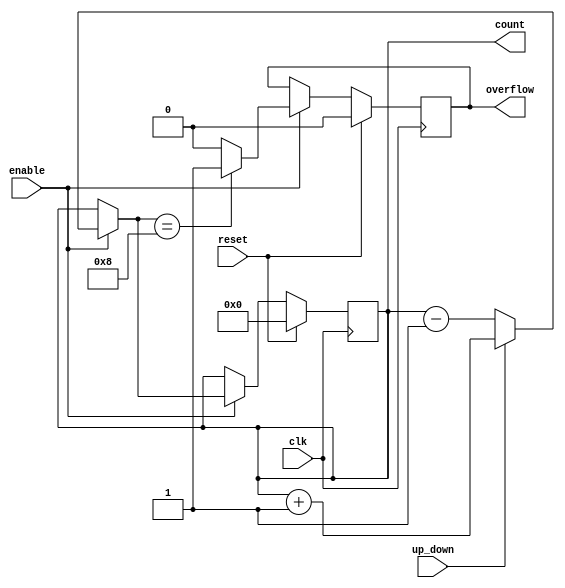
module synchronous_counter #(
    parameter WIDTH = 4 // Configurable bit width
)(
    input wire clk,          // Clock input
    input wire reset,        // Synchronous reset
    input wire enable,       // Enable input
    input wire up_down,      // Up/Down control signal (1 for up, 0 for down)
    output reg [WIDTH-1:0] count, // Counter output
    output reg overflow      // Overflow flag
);

    // Internal signal to hold the next state
    reg [WIDTH-1:0] next_count;

    // Always block for synchronous operation
    always @(posedge clk) begin
        if (reset) begin
            count <= 0; // Reset the counter to zero
            overflow <= 0; // Clear overflow flag
        end else if (enable) begin
            count <= next_count; // Update the counter
            // Check for overflow condition
            if (next_count == {1'b1, {WIDTH-1{1'b0}}}) begin // Max value for WIDTH bits
                overflow <= 1; // Set overflow flag
            end else begin
                overflow <= 0; // Clear overflow flag
            end
        end
    end

    // Combinational logic to determine the next state
    always @(*) begin
        if (enable) begin
            if (up_down) begin
                next_count = count + 1; // Increment for up counting
            end else begin
                next_count = count - 1; // Decrement for down counting
            end
        end else begin
            next_count = count; // Hold current value if not enabled
        end
    end

endmodule